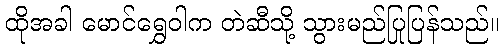
ထိုအခါ မောင်ရွှေဝါက တဲဆီသို့ သွားမည်ပြုပြန်သည်။